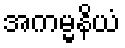
အကမ္မနိယံ